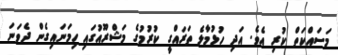
މަސައްކަތް ކުރި އެވެ. އަދި ހުޅުމާލެ ތަރައްގީ ކުރުމުގެ މަޝްރޫއުގައި ހިމަނައިގެން ދެވަނަ